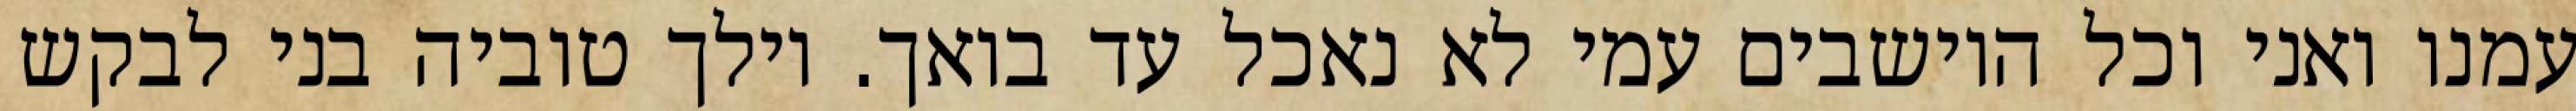
עמנו ואני וכל היושבים עמי לא נאכל עד בואך. וילך טוביה בני לבקש